Indian journal of veterinary science and animal husbandry - Volume 12,
Year: 1942
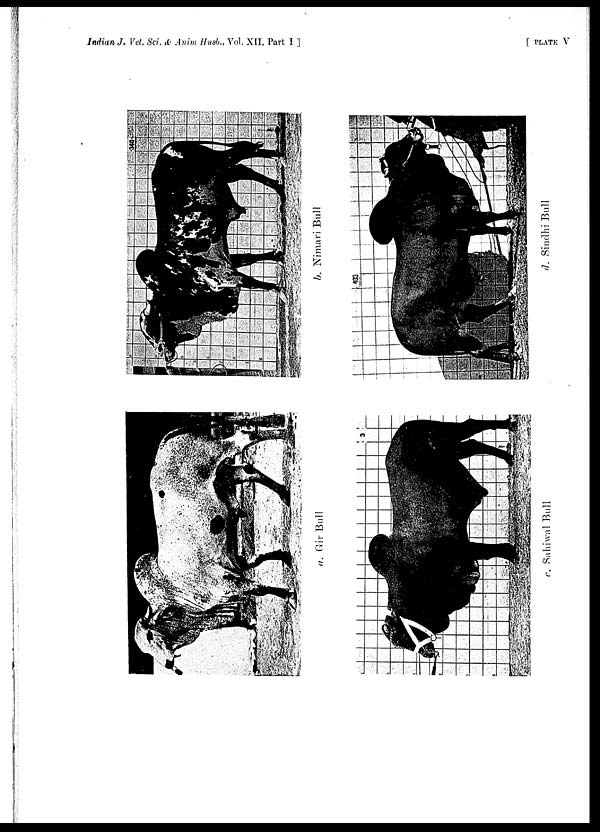
Indian J. Vet. Sci. & Anim Husb., Vol. XII, Part I ]
[ PLATE V
a. Gir Bull
b. Nimari Bull
c. Sahiwal Bull
d. Sindhi Bull